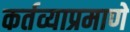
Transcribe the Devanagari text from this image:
कर्तव्याप्रमाणे